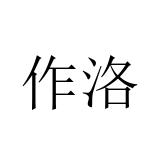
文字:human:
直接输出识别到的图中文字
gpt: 作洛